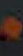
.